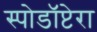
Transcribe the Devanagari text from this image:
स्पोडॉप्टेरा